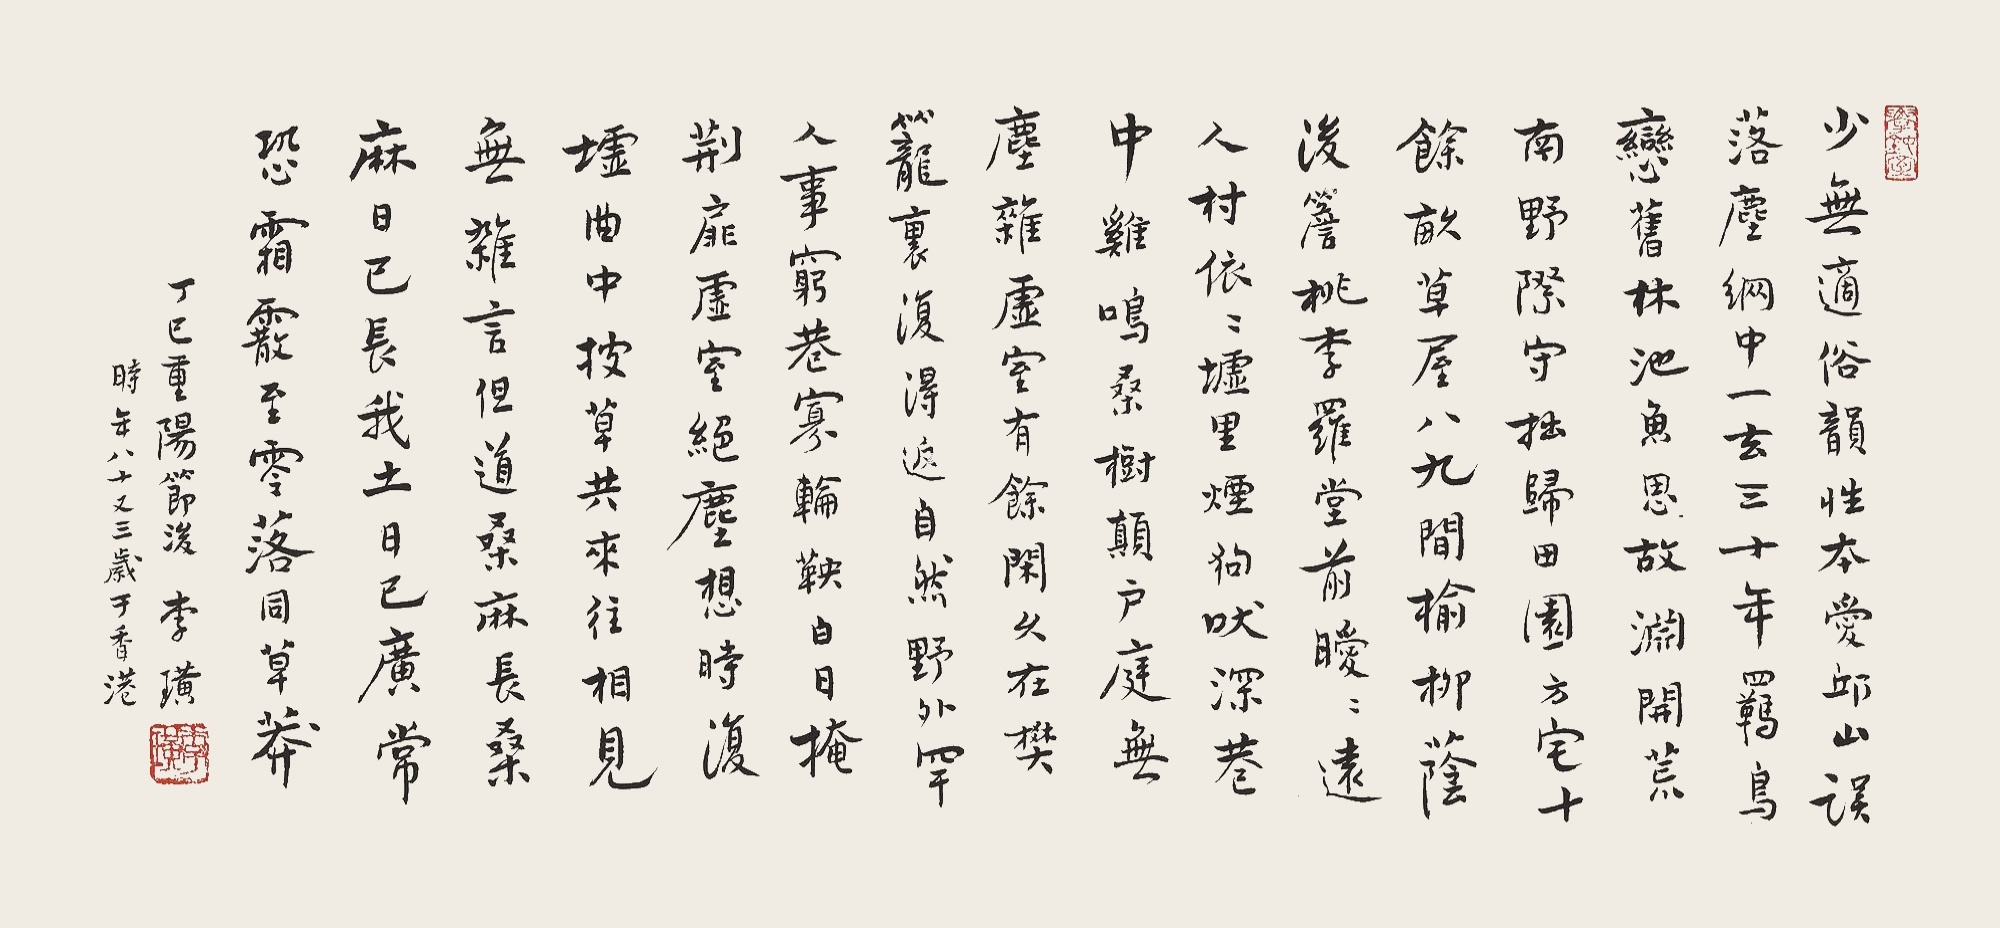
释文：少无适俗韵，性本爱丘山。误落尘网中，一去三十年。羁鸟恋旧林，池鱼思故渊。开荒南野际，守拙归园田。方宅十余亩，草屋八九间。榆柳荫后檐，桃李罗堂前。暧暧远人村，依依墟里烟。狗吠深巷中，鸡鸣桑树颠。户庭无尘杂，虚室有余闲。久在樊笼里，复得返自然。野外罕人事，穷巷寡轮鞅。白日掩荆扉，虚室绝尘想。时复墟曲中，披草共来往。相见无杂言，但道桑麻长。桑麻日已长，我土日已广。常恐霜霰至，零落同草莽。丁巳重阳节后，李璜时年八十又三岁于香港。